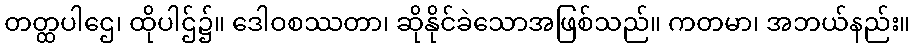
တတ္ထပါဌေ၊ ထိုပါဌ်၌။ ဒေါဝစဿတာ၊ ဆိုနိုင်ခဲသောအဖြစ်သည်။ ကတမာ၊ အဘယ်နည်း။